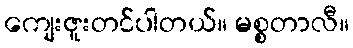
ကျေးဇူးတင်ပါတယ်။ မစ္စတာလီ။